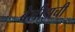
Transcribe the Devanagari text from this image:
बेलीझची